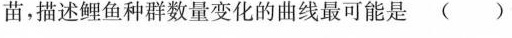
苗，描述鲤鱼种群数量变化的曲线最可能是( )